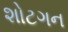
શોટગન